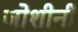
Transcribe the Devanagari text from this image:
जोशीनी